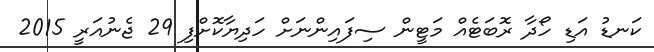
ކަނޑު އަޑި ހޯދާ ރޮބަޓެއް މަޓީން ސިފައިންނަށް ހަދިޔާކޮށްފި 29 ޖެނުއަރީ 2015